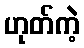
ဟုတ်ကဲ့